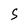
Character: S